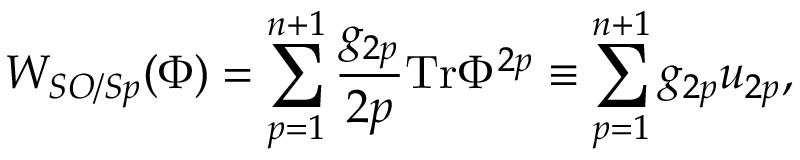
W _ { S O / S p } ( \Phi ) = \sum _ { p = 1 } ^ { n + 1 } \frac { g _ { 2 p } } { 2 p } \mathrm { T r } \Phi ^ { 2 p } \equiv \sum _ { p = 1 } ^ { n + 1 } g _ { 2 p } u _ { 2 p } ,